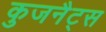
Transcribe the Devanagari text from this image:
कुजनैट्स